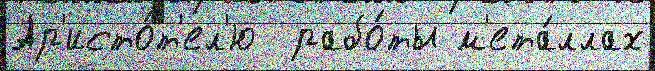
Ар'исто́т'ел'ю  рабо́ты м'ета́ллах